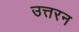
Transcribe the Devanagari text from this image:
उत्तरन